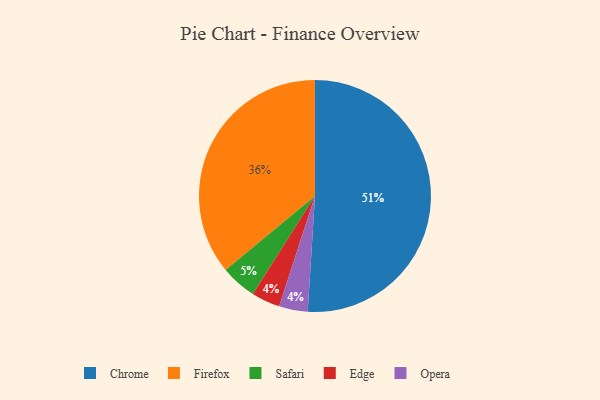
{"axis": {"x": "Category", "y": "Percentage"}, "legend": ["Chrome", "Edge", "Firefox", "Opera", "Safari"], "data": [{"x": "Chrome", "y": 51, "type": "Chrome"}, {"x": "Firefox", "y": 36, "type": "Firefox"}, {"x": "Safari", "y": 5, "type": "Safari"}, {"x": "Edge", "y": 4, "type": "Edge"}, {"x": "Opera", "y": 4, "type": "Opera"}]}